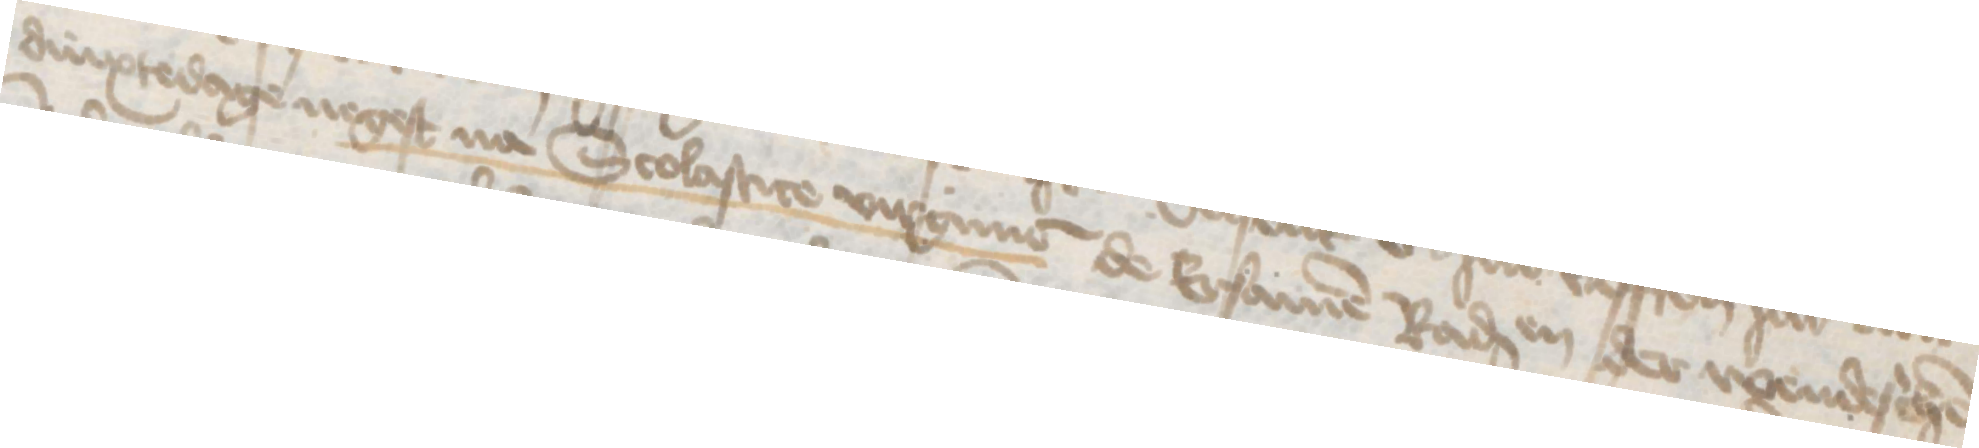
dinxtedage negest na Scolastice virgine de Ersamen Radessendebaden der wendeschen